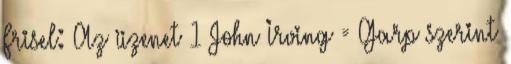
Frisel: Az üzenet 1 John Irving = Garp szerint